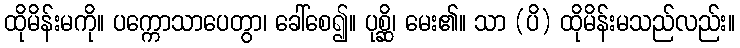
ထိုမိန်းမကို။ ပက္ကောသာပေတွာ၊ ခေါ်စေ၍။ ပုစ္ဆိ၊ မေး၏။ သာ (ပိ) ထိုမိန်းမသည်လည်း။